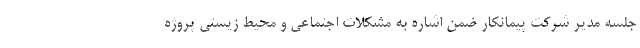
جلسه مدیر شرکت پیمانکار ضمن اشاره به مشکلات اجتماعی و محیط زیستی پروژه